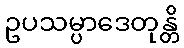
ဥပသမ္ပာဒေတုန္တိ